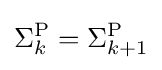
\Sigma _{k}^{\mathrm {P} }=\Sigma _{k+1}^{\mathrm {P} }